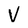
Character: v